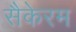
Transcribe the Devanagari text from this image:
सैकेरम